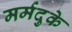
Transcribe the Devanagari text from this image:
मर्मदुके